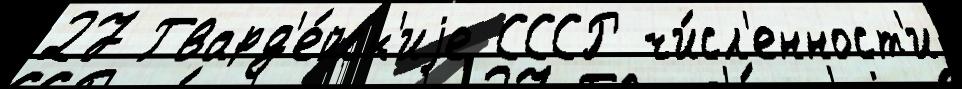
27 Гвард'е́йск'иjе СССР чи́сл'енност'и